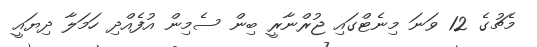
މެޗުގެ 12 ވަނަ މިނެޓްގައި ޖުރްނާރީ ބިން ސެމިން އުފެއްދި ހަމަލާ ދިޔައީ